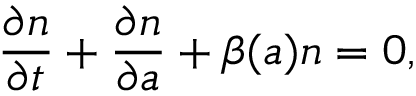
\frac { \partial n } { \partial t } + \frac { \partial n } { \partial a } + \beta ( a ) n = 0 ,